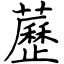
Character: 藶